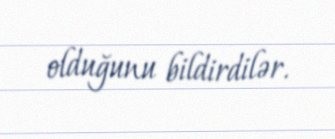
olduğunu bildirdilər.